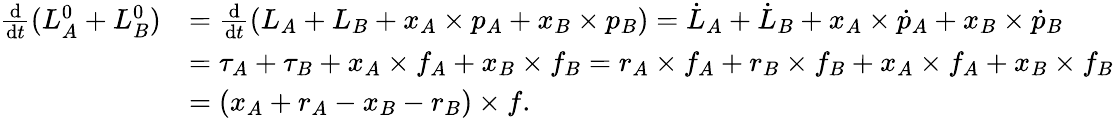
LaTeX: \begin{array}{rl}{\frac{\mathrm d}{\mathrm{d}t}(L_{A}^{0}+L_{B}^{0})}&{=\frac{\mathrm d}{\mathrm{d}t}(L_{A}+L_{B}+x_{A}\times p_{A}+x_{B}\times p_{B})=\dot{L}_{A}+\dot{L}_{B}+x_{A}\times\dot{p}_{A}+x_{B}\times\dot{p}_{B}}\\ &{=\tau_{A}+\tau_{B}+x_{A}\times f_{A}+x_{B}\times f_{B}=r_{A}\times f_{A}+r_{B}\times f_{B}+x_{A}\times f_{A}+x_{B}\times f_{B}}\\ &{=(x_{A}+r_{A}-x_{B}-r_{B})\times f.}\end{array}